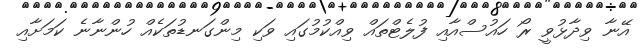
އޭނާ ވިދާޅުވީ ރޯ ހައުސްއާއި ފުލެޓްތައް ވިއްކުމުގައި ވަކި މިންގަނޑުތަކެއް ހުންނާނެ ކަމަށާއި